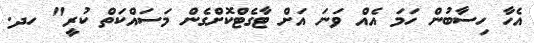
އެހާ ހިސާބުން ހަމަ އެއް ވަނަ އަށް ޓާގެޓްކޮށްގެން މަސައްކަތް ކުރީ" ހދ.